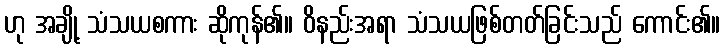
ဟု အချို့ သံသယစကား ဆိုကုန်၏။ ဝိနည်းအရာ သံသယဖြစ်တတ်ခြင်းသည် ကောင်း၏။